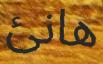
ھانئ